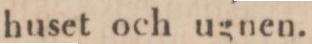
huset och ugnen.